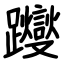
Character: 躞